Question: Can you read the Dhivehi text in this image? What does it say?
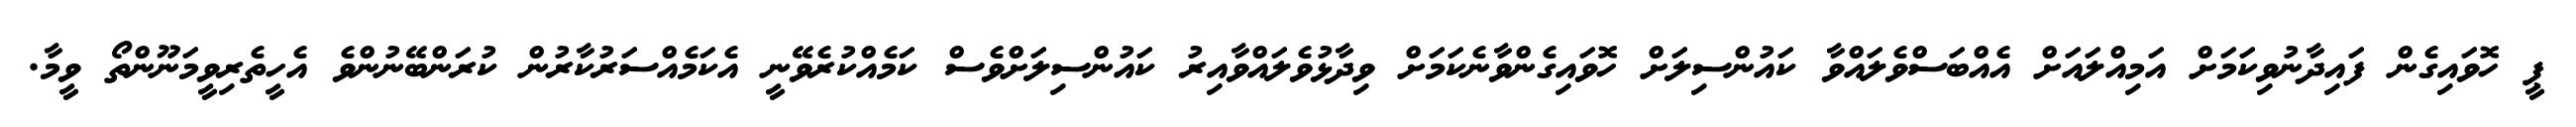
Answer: ޕީ ހޮވައިގެން ފައިދާނުވިކަމަށް އަމިއްލައަށް އެއްބަސްވެލައްވާ ކައުންސިލަށް ހޮވައިގެންވާނެކަމަށް ވިދާޅުވެލައްވާއިރު ކައުންސިލަށްވެސް ކަމެއްކުރެވޭނީ އެކަމެއްސަރުކާރުން ކުރަންބޭނުންވެ އެހީތެރިވީމަނޫންތޯ ވީމާ.